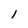
Character: i